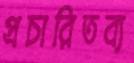
প্রচারিতব্য